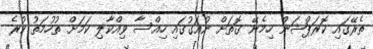
ތެރޭގައި ކޮރަޕްޝަން ހިމެނޭ ގޮތަށް ނުއަގުގައި ހިއްސާ ވިއްކާލި ކަމަށް ތުހުމަތު ކުރެ